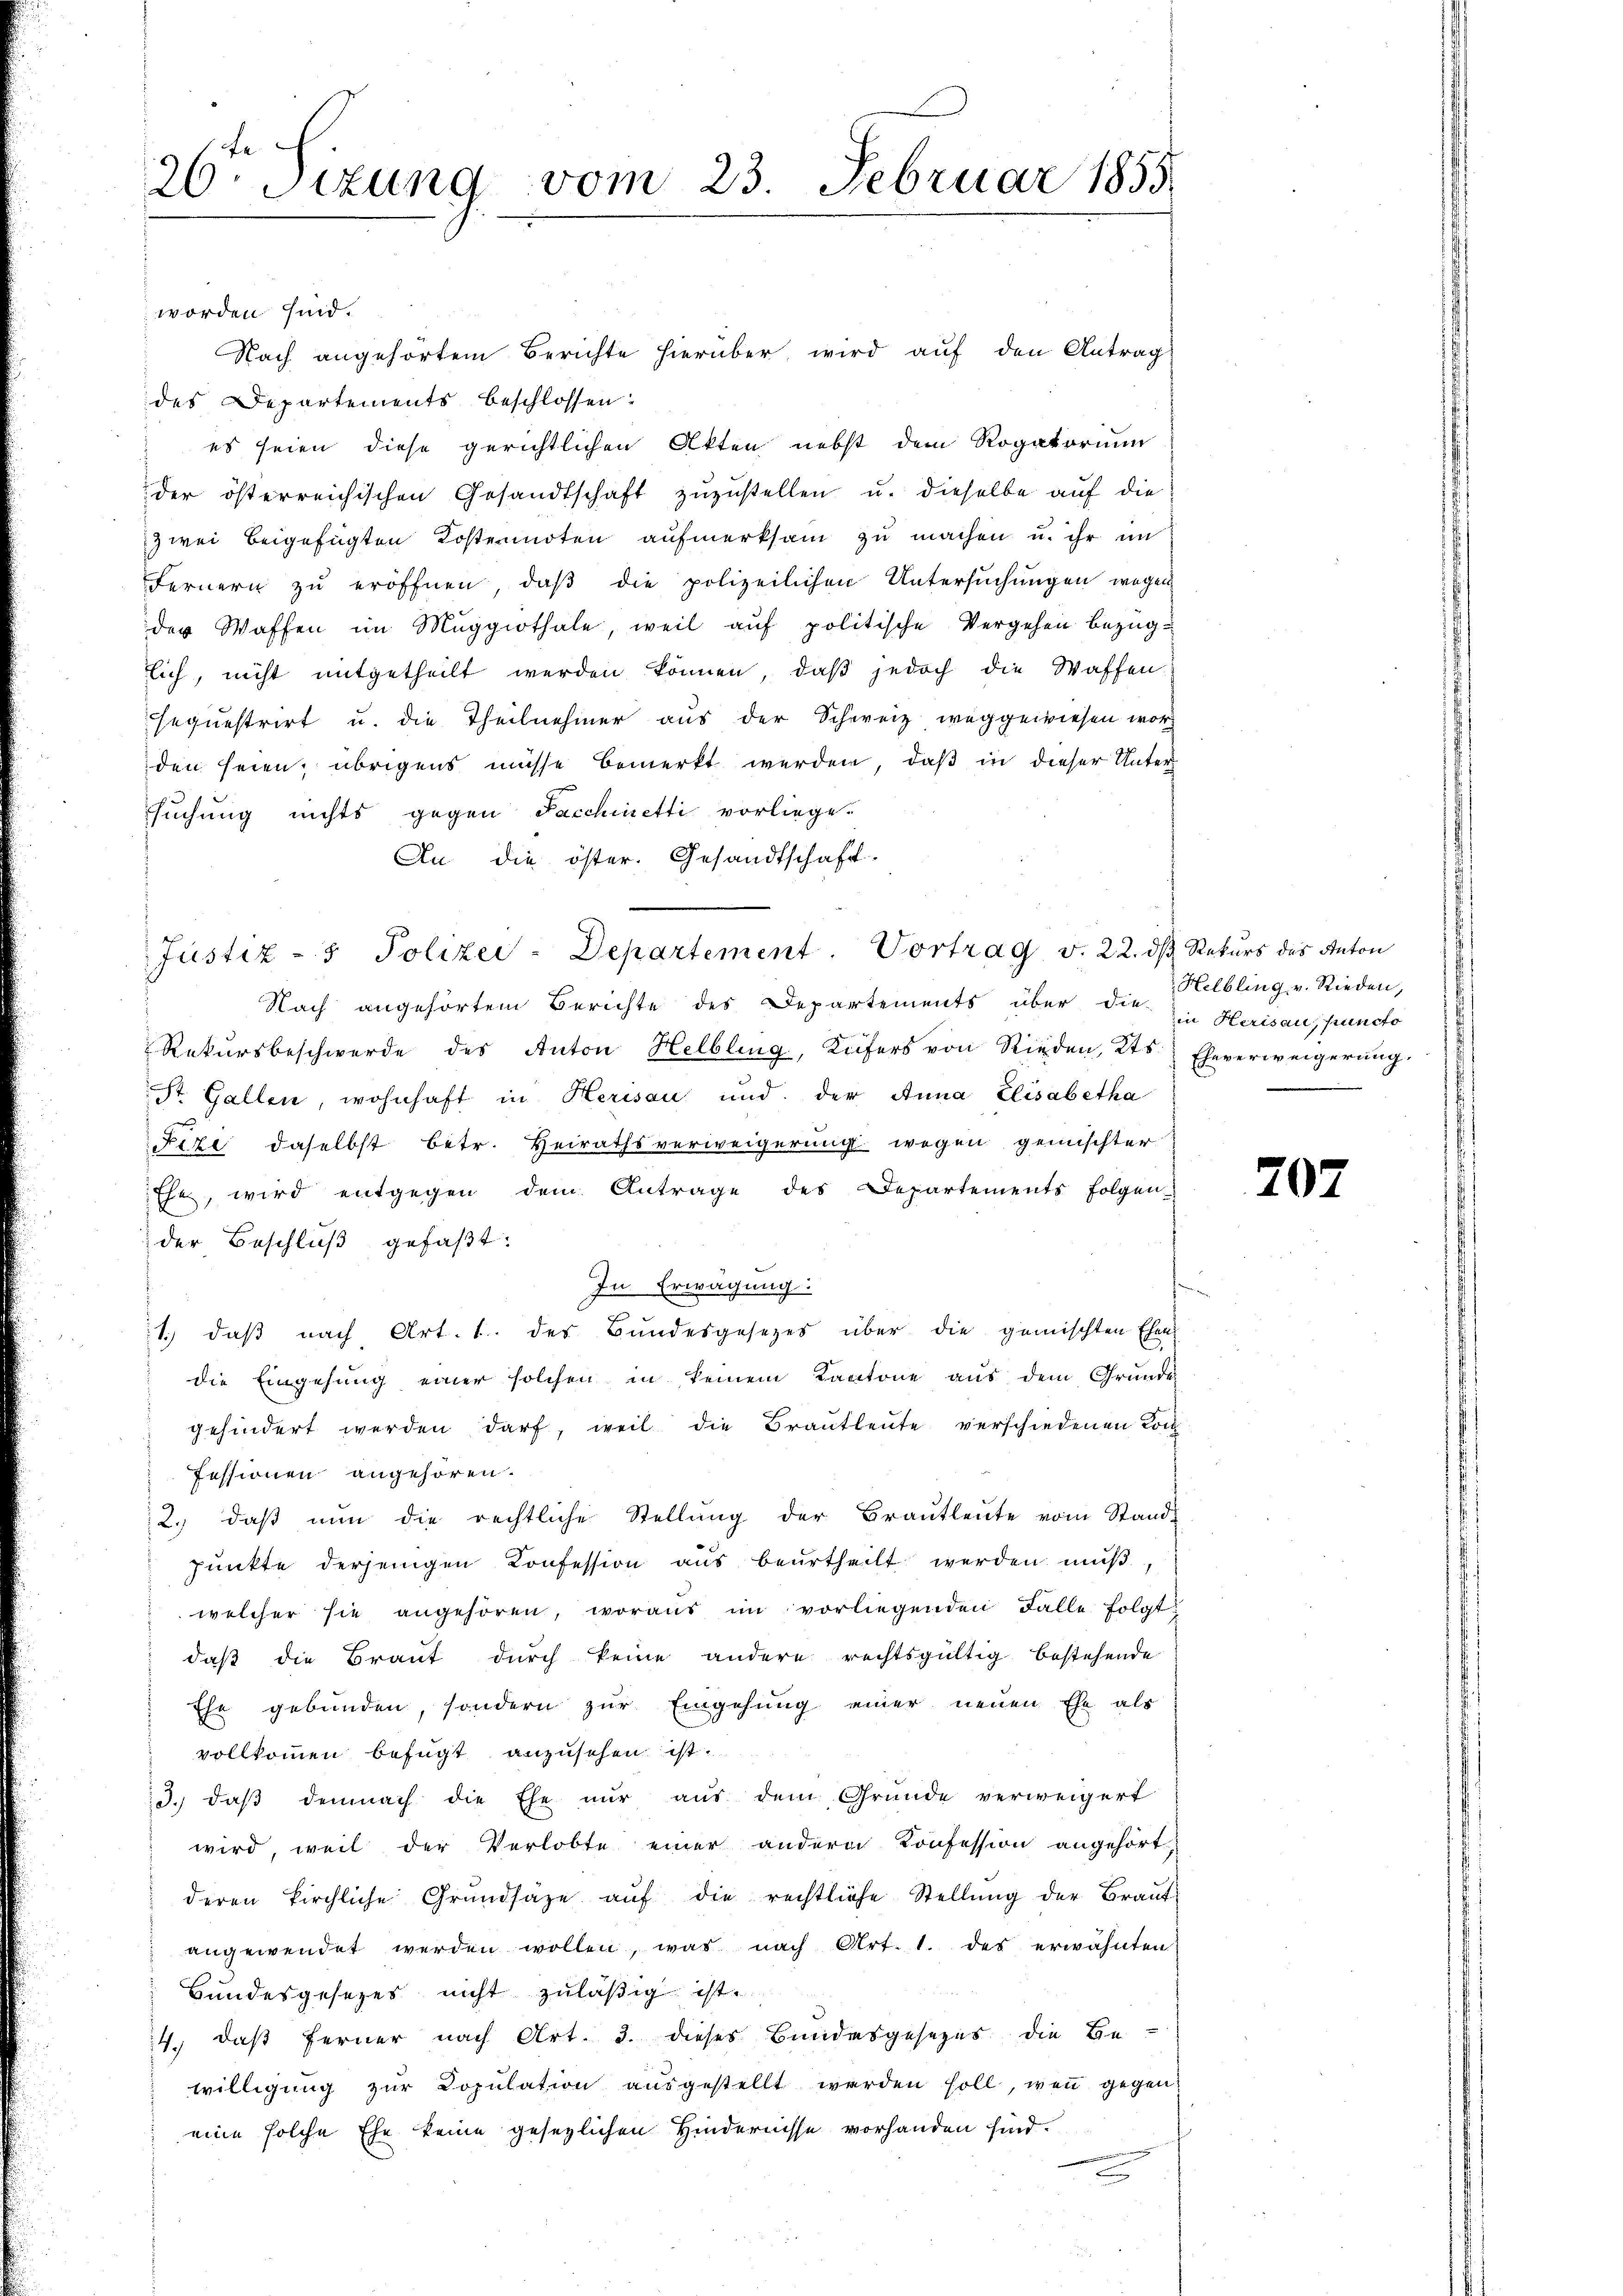
26 Sizung vom 23. Februar 1855.

worden sind.
Nach angehörtem Berichte hierüber wird auf den Antrag
des Departements beschlossen:
es seien diese gerichtlichen Akten nebst dem Rogatorium
der österreichischen Gesandtschaft zŭzŭstellen u. dieselbe aŭf die
zwei beigefügten Kostennoten aufmerksam zu machen u. ihr im
Fernern zu eröffnen, daß die polizeilichen Untersuchungen wegen
der Waffen im Muggithale, weil auf politische Vergehen bezüglich, nicht mitgetheilt werden können, daβ jedoch die Waffen-
sequestrirt u. die Theilnehmer aus der Schweiz weggewiesen wor
den seien; übrigens müsse bemerkt werden, daß in dieser Unter
suchung nichts gegen Sacchinetti vorliege.
An die öster. Gesandtschaft.
Justiz- & Polizei-Departement. Vortrag v. 22. dβ Rekŭrs des Anton
Nach angehörtem Berichte des Departements über die Herisau, puncto
Rekŭrsbeschwerde des Anton Helbling, Küfers von Rieden, Kts. Eheverweigerŭng.
ist. Gallen, wohnhaft in Herisau und der Anna Elisabetha
Fize daselbst betr. Heirathsverweigerung wegen gemischter
Ehe, wird entgegen dem Antrage des Departements folgen-
der Beschluß gefaßt:
In Erwägung
1.) daß nach Art. 1. des Bundesgesezes über die gemischten Ehen
die Eingehung einer solchen in keinem Kantone aus dem Grunde
gehindert werden darf, weil die Brautleute verschiedenen Loch
fessionen angehören.
2. daβ nŭn die rechtliche Stellŭng der Braŭtleŭte vom Stand-
punkte derjenigen Konfession aus beurtheilt werden mŭβ,
welcher sie angehören, woraus im vorliegenden Falle folgt:
daß die Braut durch keine andere rechtsgültig bestehende
Ehe gebunden, sondern zur Eingehung einer neuen Ehe als
vollkommen befügt anzusehen ist.
13. daβ demnach die Ehe nŭr aŭs dem Gründe verweigert
wird, weil der Verlobte einer andern Konfession angehört
deren kirchliche Grŭndsaze aŭf die rechtliche Stellŭng der Braŭt-
angewendet werden wollen, was nach Art. 1. des erwähnten
Hundesgesezes nicht zuläßig ist.
4., daß ferner nach Art. 3. dieses Bundesgesezes die Be-
willigŭng zŭr Copŭlation aŭsgestellt werden soll, wenn gegen
eine solche Ehe keine gesezlichen Hindernisse vorhanden sind.

Helbling v. Rieden,

202